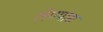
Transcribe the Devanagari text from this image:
लेण्यास